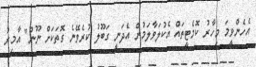
އެހެންވީމަ މިހާރު ކޮމެޓީތައް އެކުލަވާލަމުން އެދަނީ ގަބޫލު ކުރެވޭނެ ގޮތަކަށް ނޫން" އާމިރު